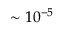
\sim 1 0 ^ { - 5 }